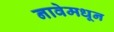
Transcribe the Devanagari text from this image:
नावेमधून